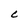
Character: C